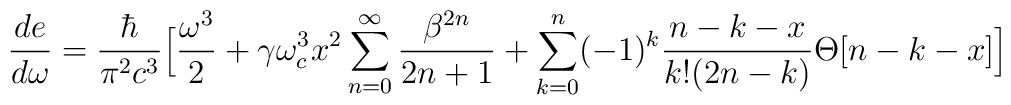
\frac{de}{d\omega}=\frac{\hbar}{\pi ^{2}c^{3}}\Big[\frac{\omega ^{3}}{2}+\gamma \omega _{c}^{3}x^{2}\sum _{n=0}^{\infty}\frac{\beta ^{2n}}{2n+1}+\sum _{k=0}^{n}(-1)^{k}\frac{n-k-x}{k!(2n-k)}\Theta [n-k-x]\Big]